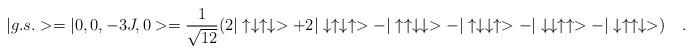
LaTeX: \begin{align*}|g.s.>=|0,0,-3J,0>=\frac{1}{\sqrt{12}}(2|\uparrow\downarrow\uparrow\downarrow>+2|\downarrow\uparrow\downarrow\uparrow>-|\uparrow\uparrow\downarrow \downarrow> -|\uparrow\downarrow \downarrow\uparrow>-|\downarrow \downarrow\uparrow\uparrow>-|\downarrow\uparrow\uparrow\downarrow>)\quad .\end{align*}